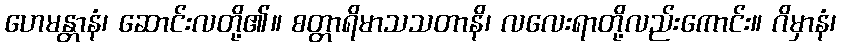
ဟေမန္တာနံ၊ ဆောင်းလတို့၏။ စတ္တာရိမာသသတာနိ၊ လလေးရာတို့လည်းကောင်း။ ဂိမှာနံ၊